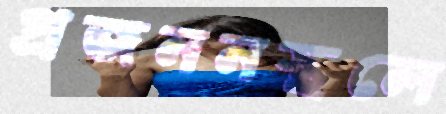
প্রজননস্থলে